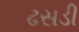
ઢસડી